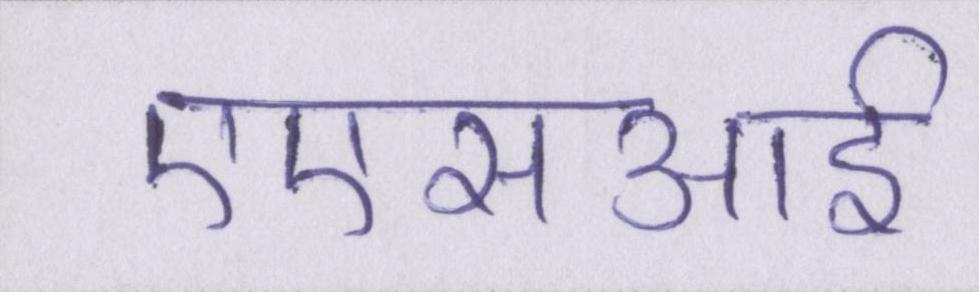
एएसआई